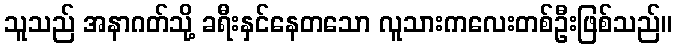
သူသည် အနာဂတ်သို့ ခရီးနှင်နေတသော လူသားကလေးတစ်ဦးဖြစ်သည်။